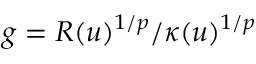
g = R ( u ) ^ { 1 / p } / \kappa ( u ) ^ { 1 / p }